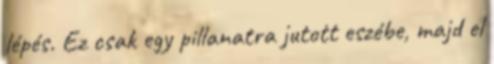
lépés. Ez csak egy pillanatra jutott eszébe, majd el